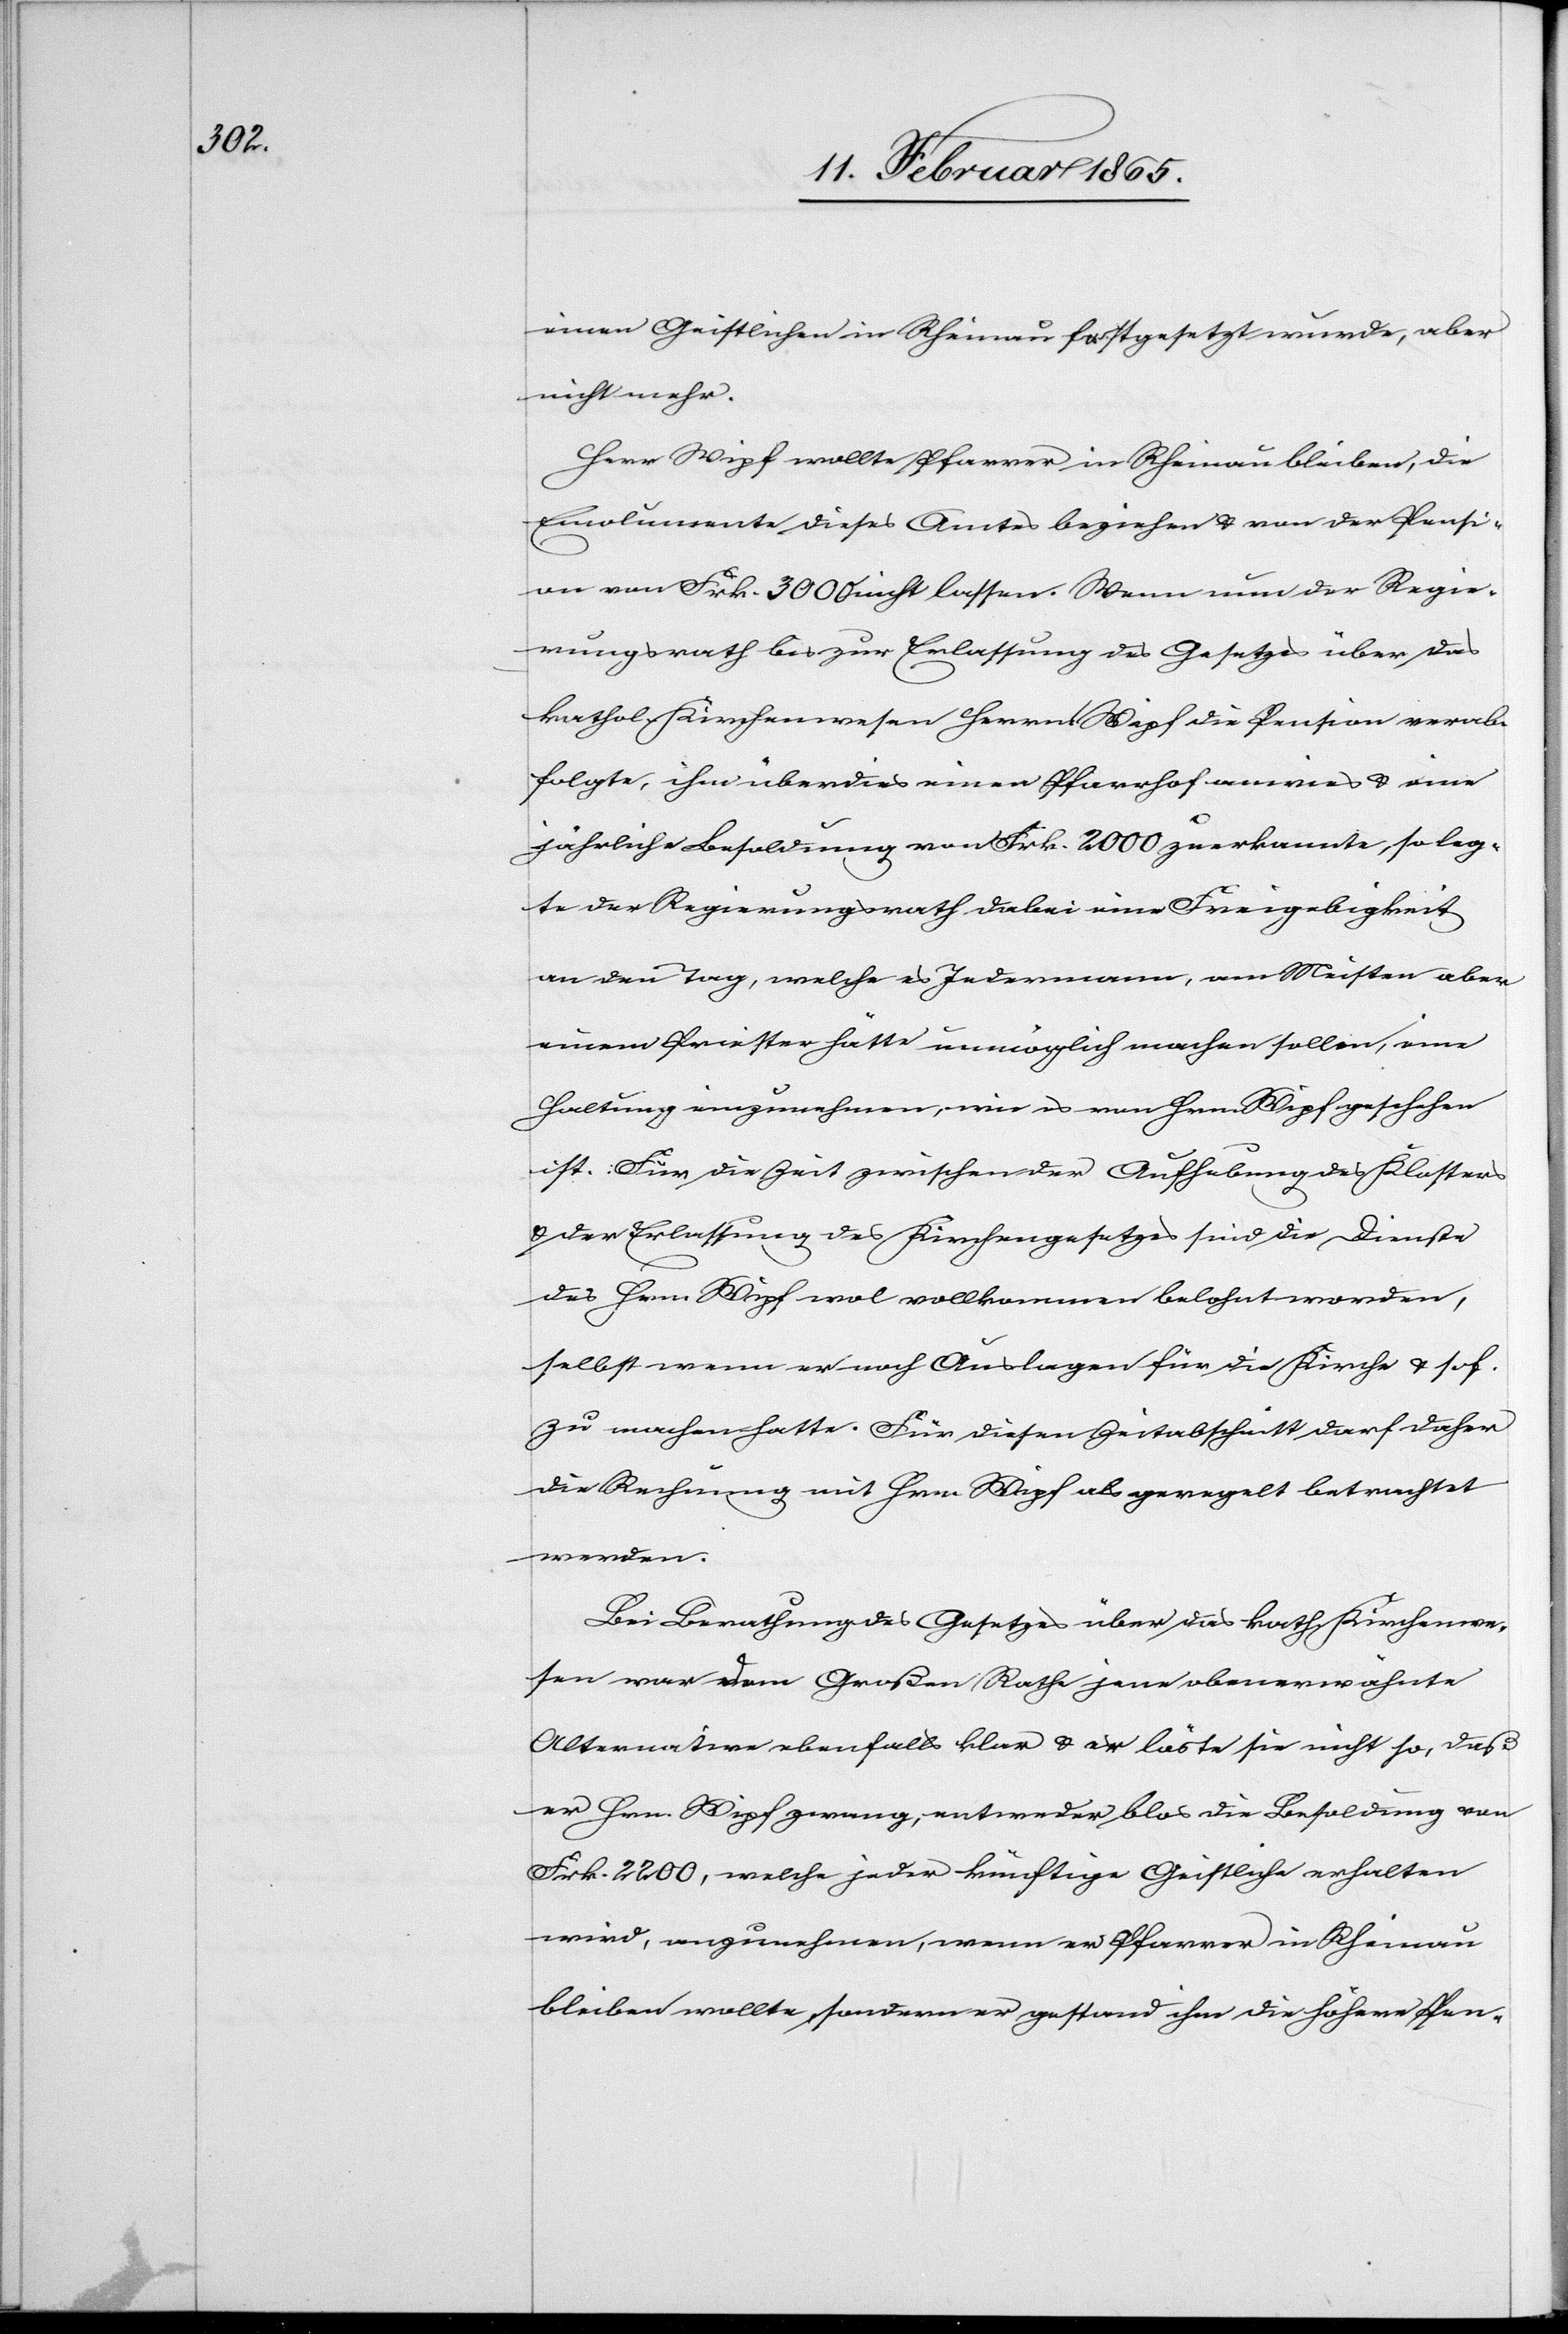
einen Geistlichen in Rheinau festgesetzt wurde, aber
nicht mehr.
Herr Wipf wollte Pfarrer in Rheinau bleiben, die
Emolumente dieses Amtes beziehen u. von der Pensi¬
on von Frk. 3000 nicht lassen. Wenn nun der Regie¬
rungsrath bis zur Erlassung des Gesetzes über das
kathol. Kirchenwesen Herrn Wipf die Pension verab¬
folgte, ihm überdies einen Pfarrhof anwies u. eine
jährliche Besoldung von Frk. 2000 zuerkannte, so leg¬
te der Regierungsrath dabei eine Freigebigkeit
an den Tag, welche es Jedermann, am Meisten aber
einem Priester hätte unmöglich machen sollen, eine
Haltung einzunehmen, wie es von Hrn. Wipf geschehen
ist. Für die Zeit zwischen der Aufhebung des Klosters
u. der Erlassung des Kirchengesetzes sind die Dienste
des Hrn. Wipf wol vollkommen belohnt worden,
selbst wenn er noch Auslagen für die Kirche u. sof.
zu machen hatte. Für diesen Zeitabschnitt darf daher
die Rechnung mit Hrn. Wipf als geregelt betrachtet
werden.
Bei Berathung des Gesetzes über das kath. Kirchenwe¬
sen war dem Großen Rathe jene obenerwähnte
Alternative ebenfalls klar u. er löste sie nicht so, daß
er Hrn. Wipf zwang, entweder blos die Besoldung von
Frk. 2200, welche jeder künftige Geistliche erhalten
wird, anzunehmen, wenn er Pfarrer in Rheinau
bleiben wollte, sondern er gestand ihm die höhere Pen-